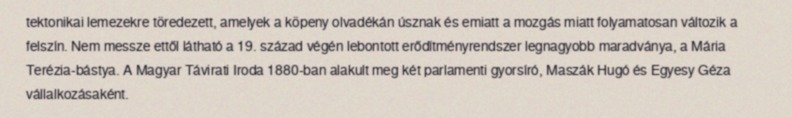
tektonikai lemezekre töredezett, amelyek a köpeny olvadékán úsznak és emiatt a mozgás miatt folyamatosan változik a felszín. Nem messze ettől látható a 19. század végén lebontott erődítményrendszer legnagyobb maradványa, a Mária Terézia-bástya. A Magyar Távirati Iroda 1880-ban alakult meg két parlamenti gyorsíró, Maszák Hugó és Egyesy Géza vállalkozásaként.